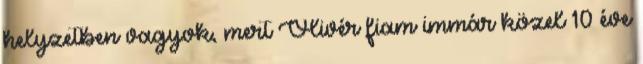
helyzetben vagyok, mert Olivér fiam immár közel 10 éve